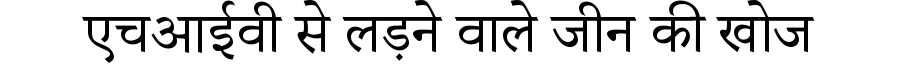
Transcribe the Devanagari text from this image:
एचआईवी से लड़ने वाले जीन की खोज